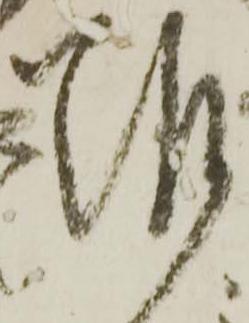
難